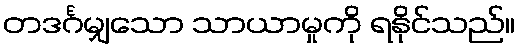
တဒင်္ဂမျှသော သာယာမှုကို ရနိုင်သည်။